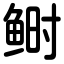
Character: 鲥